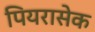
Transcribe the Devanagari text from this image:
पियरासेक